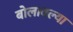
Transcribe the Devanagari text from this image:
बोलावल्या